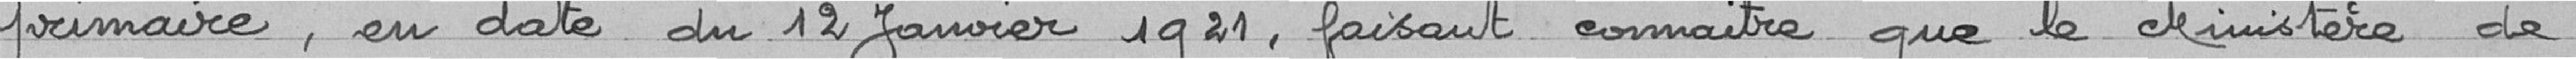
primaire, en date du 12 janvier 1921, faisant connaitre que le Ministère de